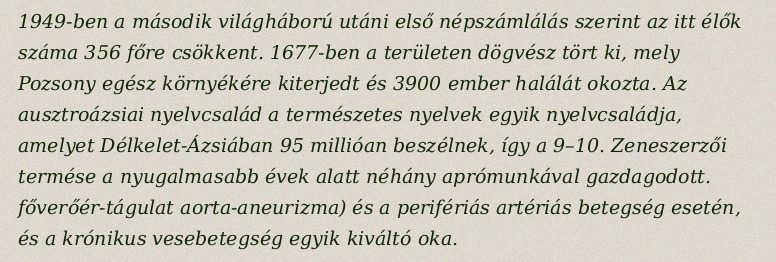
1949-ben a második világháború utáni első népszámlálás szerint az itt élők száma 356 főre csökkent. 1677-ben a területen dögvész tört ki, mely Pozsony egész környékére kiterjedt és 3900 ember halálát okozta. Az ausztroázsiai nyelvcsalád a természetes nyelvek egyik nyelvcsaládja, amelyet Délkelet-Ázsiában 95 millióan beszélnek, így a 9–10. Zeneszerzői termése a nyugalmasabb évek alatt néhány aprómunkával gazdagodott. főverőér-tágulat aorta-aneurizma) és a perifériás artériás betegség esetén, és a krónikus vesebetegség egyik kiváltó oka.